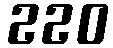
220